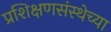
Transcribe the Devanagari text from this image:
प्रशिक्षणसंस्थेच्या